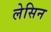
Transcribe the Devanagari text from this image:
लेसिन